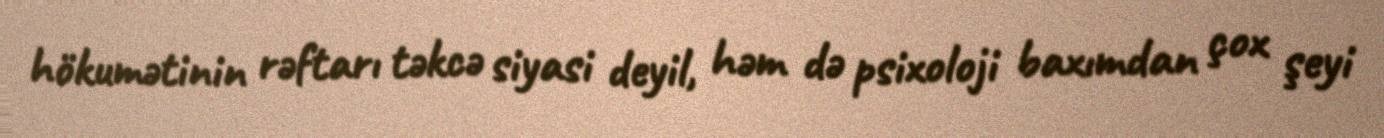
hökumətinin rəftarı təkcə siyasi deyil, həm də psixoloji baxımdan çox şeyi